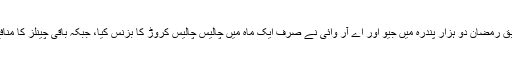
ایک مشہوراینکر کے مطابق رمضان دو ہزار پندرہ میں جیو اور اے آر وائی نے صرف ایک ماہ میں چالیس چالیس کروڑ کا بزنس کیا، جبکہ باقی چینلز کا منافع بھی کرڑوں میں ہی ہے۔